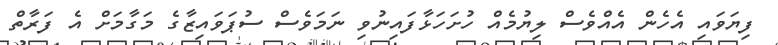
ފިޔަވައި އެހެން އެއްވެސް ލިޔުމެއް ހުށަހަޅާފައިނުވި ނަމަވެސް ސުޕަވައިޒާގެ މަގާމަށް އެ ފަރާތް